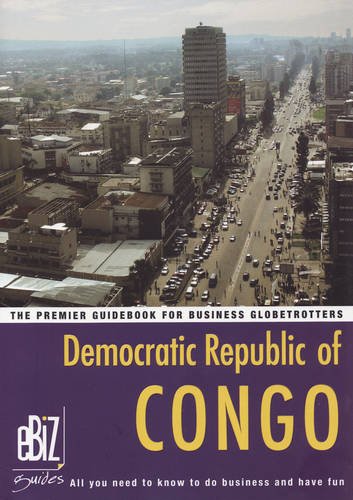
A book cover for Democratic Republic of Congo (EBiz Guides); eBizGuides; Travel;